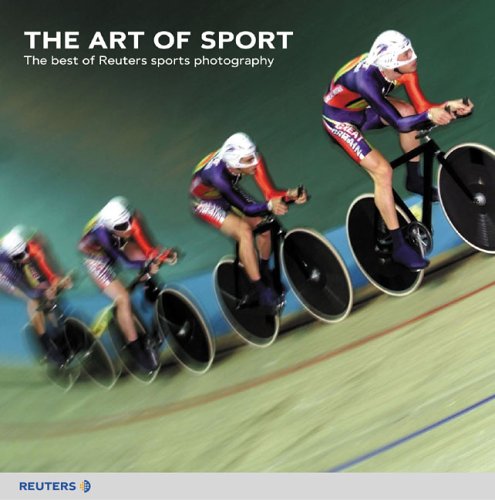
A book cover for The Art of Sport; Reuters photographers; Sports & Outdoors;